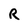
Character: R